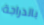
بالدراجة